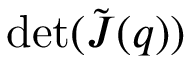
\operatorname* { d e t } ( \tilde { \boldsymbol J } ( \boldsymbol q ) )